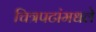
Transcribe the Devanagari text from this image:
चित्रपटांमधले